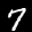
Label: 7